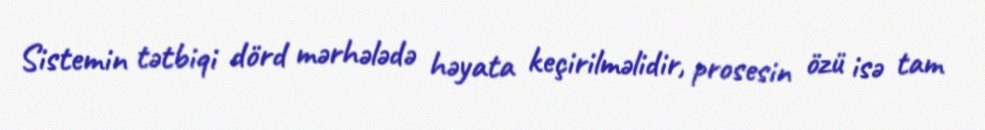
Sistemin tətbiqi dörd mərhələdə həyata keçirilməlidir, prosesin özü isə tam